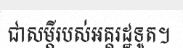
ជាសម្តីរបស់អគ្គរដ្ឋទូត។